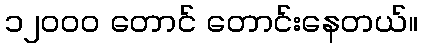
၁၂ဝဝဝ တောင် တောင်းနေတယ်။